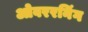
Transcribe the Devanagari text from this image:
ओवररनिंग